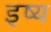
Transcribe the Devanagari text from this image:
इष्य